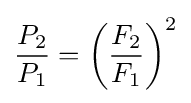
{\frac {P_{2}}{P_{1}}}=\left({\frac {F_{2}}{F_{1}}}\right)^{2}